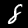
Digit: 8